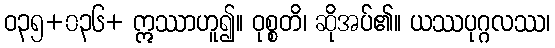
ဝ၃၅+၀၃၆+ ဣဿာဟူ၍။ ဝုစ္စတိ၊ ဆိုအပ်၏။ ယဿပုဂ္ဂလဿ၊